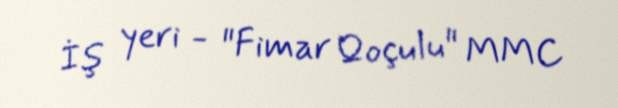
İş yeri - "Fimar Qoçulu" MMC